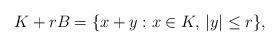
LaTeX: \begin{align*}K+rB=\{x+y:x\in K,\,|y|\le r\},\end{align*}